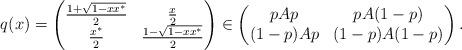
LaTeX: \begin{align*}q(x)=\begin{pmatrix}\frac{1+\sqrt{1-xx^*}}{2} & \frac x 2\\\frac{x^*}{2} & \frac{1-\sqrt{1-xx^*}}{2}\end{pmatrix}\in \begin{pmatrix}pAp & pA(1-p)\\(1-p)Ap & (1-p)A(1-p)\end{pmatrix}.\end{align*}